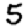
Digit: 5